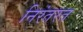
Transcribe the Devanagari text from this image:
निरंतरत